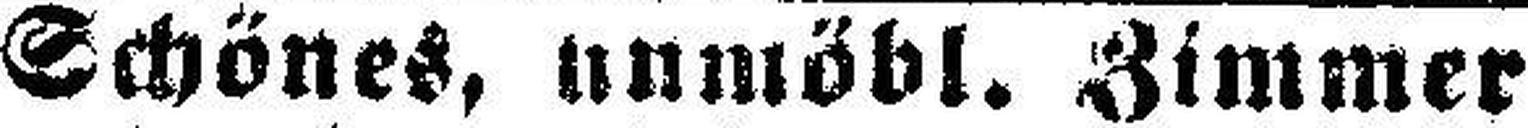
Schönes, unmöbl. Zimmer